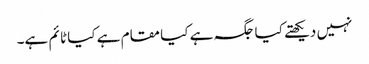
نہیں دیکھتے کیا جگہ ہے کیا مقام ہے کیا ٹا ئم ہے۔